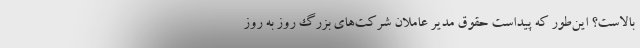
بالاست؟ این‌طور که پیداست حقوق مدیر عاملان شرکت‌های بزرگ روز به روز